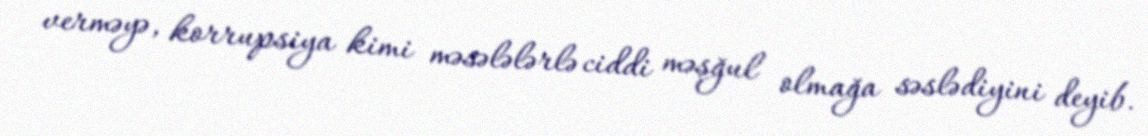
verməyə, korrupsiya kimi məsələlərlə ciddi məşğul olmağa səslədiyini deyib.